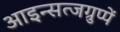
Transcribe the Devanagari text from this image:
आइन्सत्जग्रुप्पें